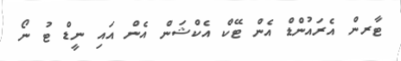
ޓާރން އެރައުންޑް އެން ޓޭކް އެކްޝަން އެން އައި ނީޑް ޓު ނޯ